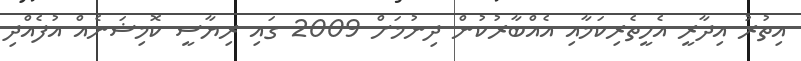
އިތުރު އިދާރީ އެހީތެރިކަމާއި އެއްބާރުކުން ދިނުމަށް 2009 ގައި ރިޔާސީ ކޮމިޝަނެއް އުފެއްދި